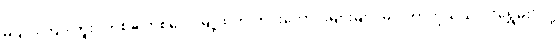
မပျင်းကြပါဘူး။ တစ်ခါတစ်လေ မြို့ထဲက ဟင်းကောင်းများများ မပါတာကိုသိယင် “ရွှေမိုး”လို့